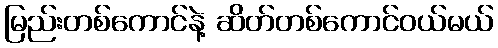
မြည်းတစ်ကောင်နဲ့ ဆိတ်တစ်ကောင်ဝယ်မယ်